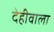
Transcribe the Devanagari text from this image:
देहीवाला